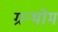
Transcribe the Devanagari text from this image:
ग्रन्थोम